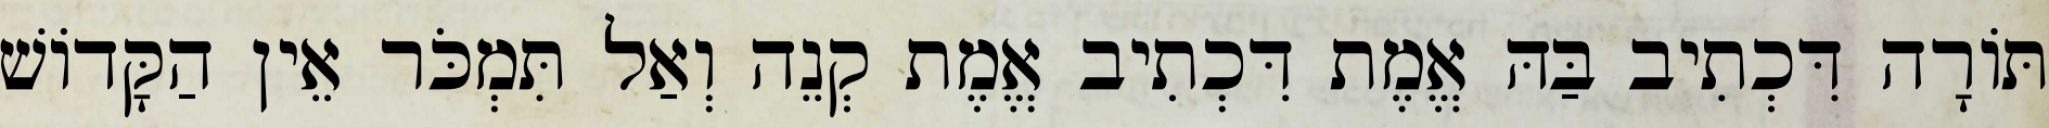
תּוֹרָה דִּכְתִיב בַּהּ אֱמֶת דִּכְתִיב אֱמֶת קְנֵה וְאַל תִּמְכֹּר אֵין הַקָּדוֹשׁ